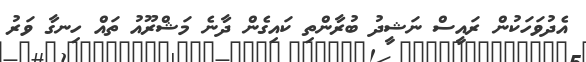
އެދުވަހަކުން ރައީސް ނަޝީދު ބުރާންތި ކައިގެން ދާނެ މަޝްރޫއު ތައް ހިނގާ ވަރު